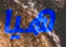
هيا